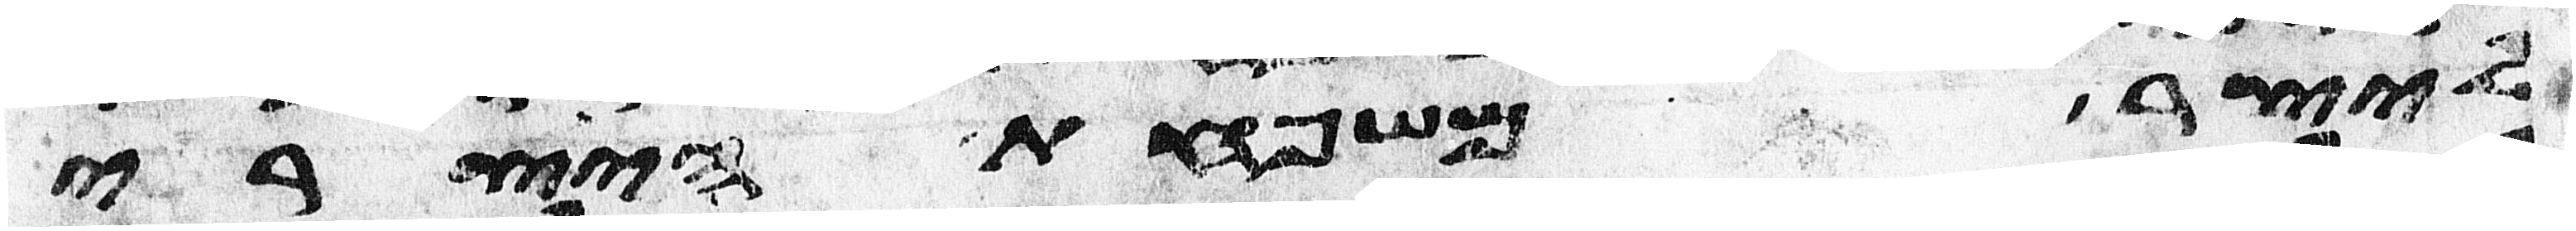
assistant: ליצר משפחת היצרי